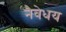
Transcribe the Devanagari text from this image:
नैवेधय